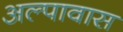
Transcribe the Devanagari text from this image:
अल्पावास